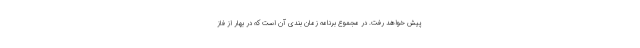
پیش خواهد رفت. در مجموع برنامه زمان بندی آن است که در بهار از فاز